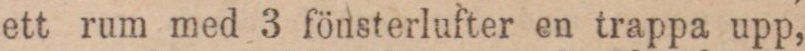
ett rum med 3 fönsterlufter en trappa upp,